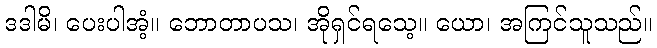
ဒဒါမိ၊ ပေးပါအံ့။ ဘောတာပသ၊ အိုရှင်ရသေ့။ ယော၊ အကြင်သူသည်။